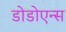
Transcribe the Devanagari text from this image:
डोडोएन्स